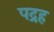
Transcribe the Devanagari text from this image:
पद्रह